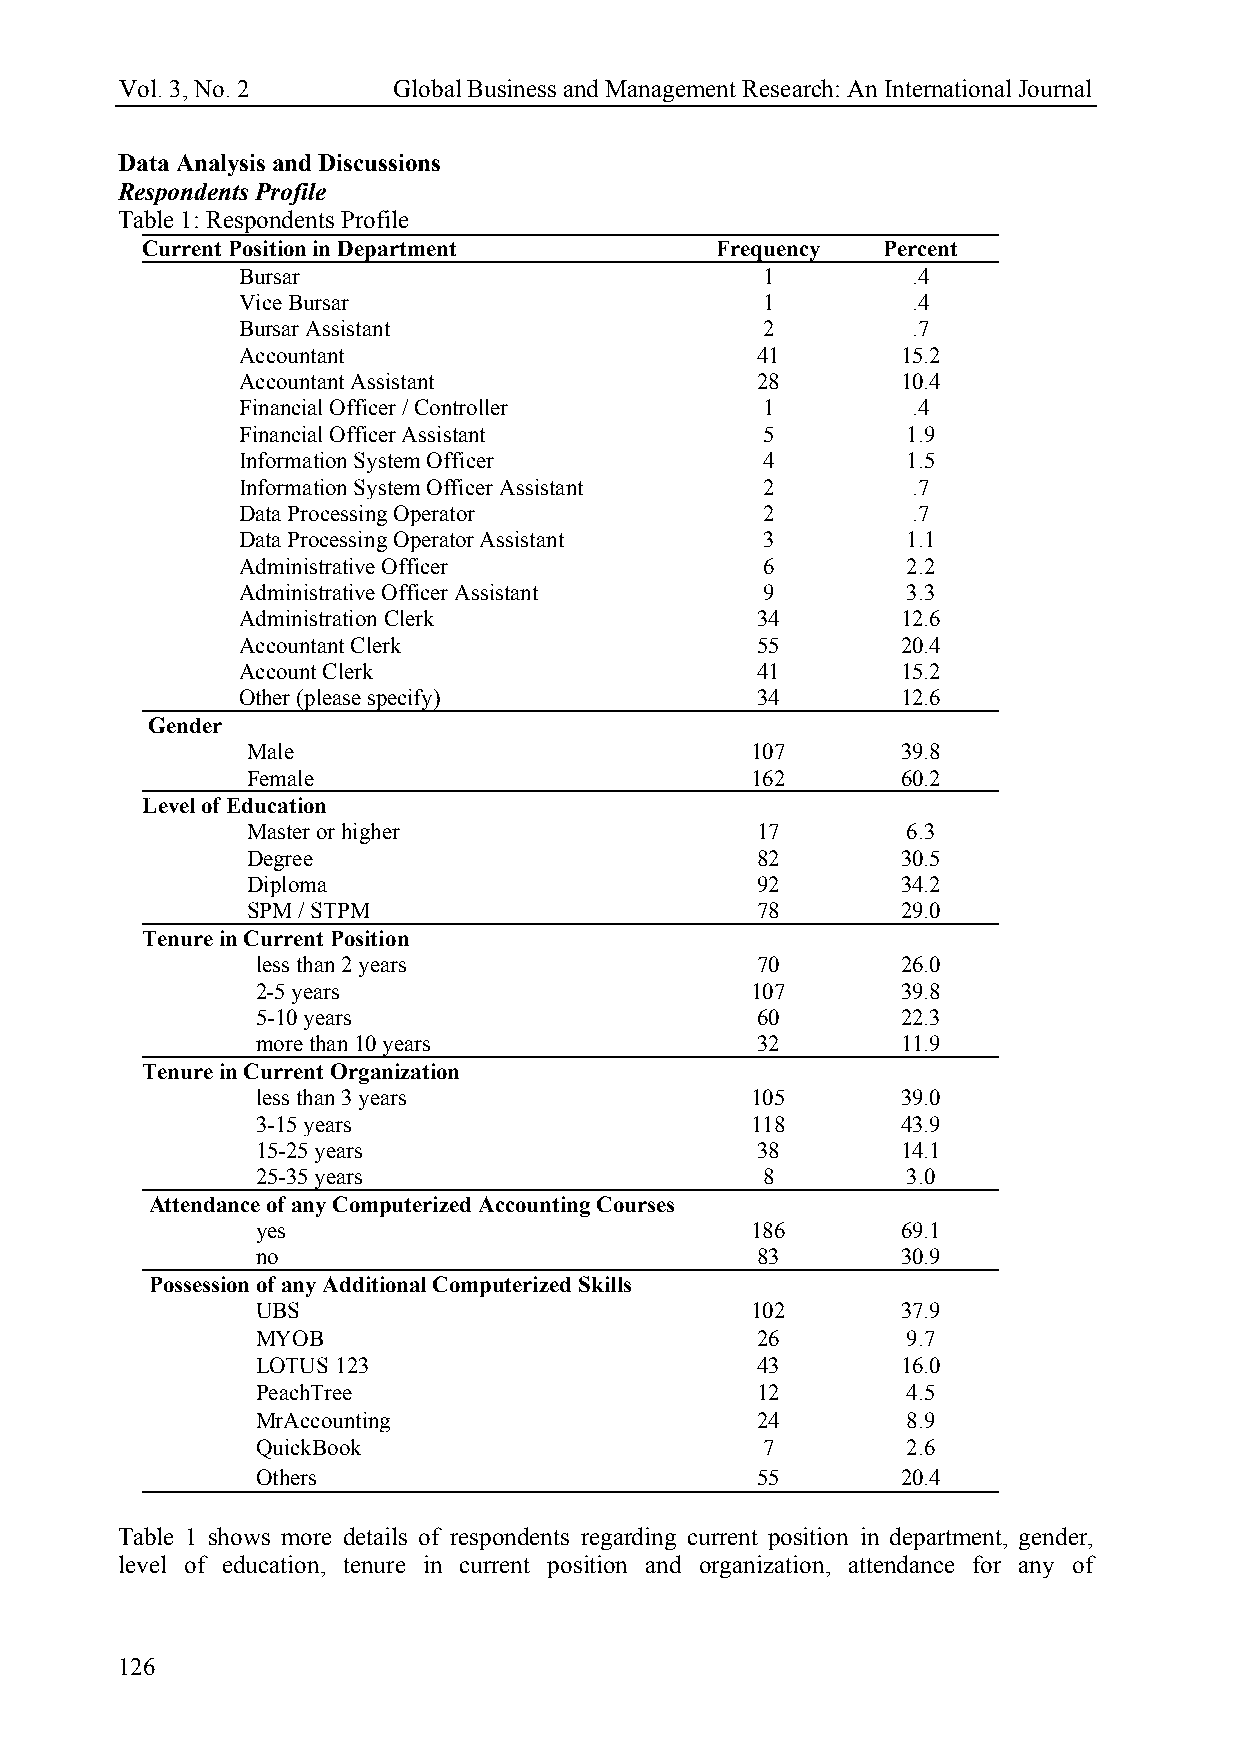
Vol. 3, No. 2     Global Business and Management Research: An International Journal
 Data Analysis and Discussions
 Respondents Profile
 Table 1: Respondents Profile
 Current Position in Department        Frequency  Percent
 Bursar                            1         .4
 Vice Bursar                       1         .4
 Bursar Assistant                  2         .7
 Accountant                        41        15.2
 Accountant Assistant              28        10.4
 Financial Officer / Controller    1         .4
 Financial Officer Assistant       5         1.9
 Information System Officer        4         1.5
 Information System Officer Assistant 2      .7
 Data Processing Operator          2         .7
 Data Processing Operator Assistant 3        1.1
 Administrative Officer            6         2.2
 Administrative Officer Assistant  9         3.3
 Administration Clerk              34        12.6
 Accountant Clerk                  55        20.4
 Account Clerk                     41        15.2
 Other (please specify)            34        12.6
 Gender
 Male                              107       39.8
 Female                            162       60.2
 Level of Education
 Master or higher                  17        6.3
 Degree                            82        30.5
 Diploma                           92        34.2
 SPM / STPM                        78        29.0
 Tenure in Current Position
 less than 2 years                70        26.0
 2-5 years                        107       39.8
 5-10 years                       60        22.3
 more than 10 years               32        11.9
 Tenure in Current Organization
 less than 3 years                105       39.0
 3-15 years                       118       43.9
 15-25 years                      38        14.1
 25-35 years                      8         3.0
 Attendance of any Computerized Accounting Courses
 yes                              186       69.1
 no                               83        30.9
 Possession of any Additional Computerized Skills
 UBS                              102       37.9
 MYOB                             26        9.7
 LOTUS 123                        43        16.0
 PeachTree                        12        4.5
 MrAccounting                     24        8.9
 QuickBook                        7         2.6
 Others                           55        20.4
 Table 1 shows more details of respondents regarding current position in department, gender,
 level of education, tenure in current position and organization, attendance for any of
 126